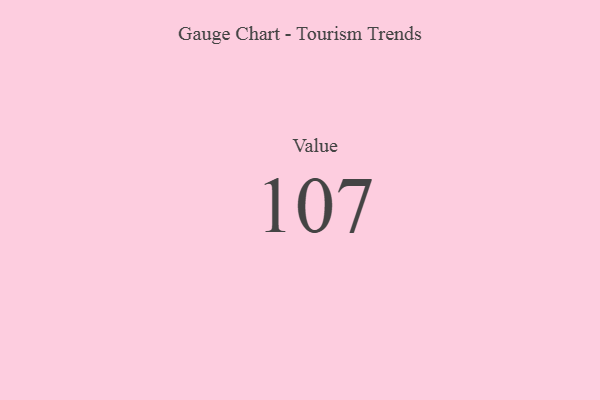
{"axis": {"x": "Metric", "y": "Value"}, "legend": [""], "data": [{"x": "Value", "y": 107, "type": ""}]}